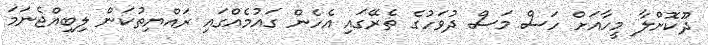
ދޫކޮށްލާ މީހާއަށް ހަސް މަސް ދުވަހުގެ ތެރޭގައި އެހެން ގައުމެއްގައި ރައްޔިތުކަން ލިބިއްޖެނަމަ